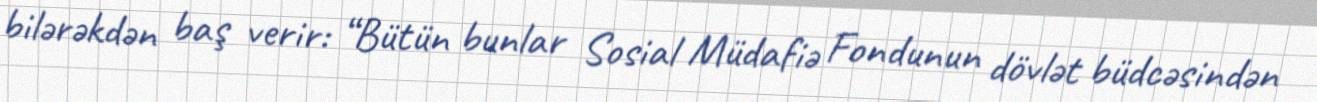
bilərəkdən baş verir: “Bütün bunlar Sosial Müdafiə Fondunun dövlət büdcəsindən